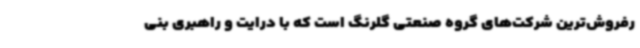
رفروش‌ترین شرکت‌های گروه صنعتی گلرنگ است که با درایت و راهبری بنی